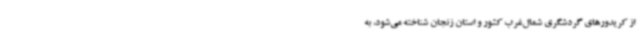
از کریدورهای گردشگری شمال‌غرب کشور و استان زنجان شناخته می‌شود، به